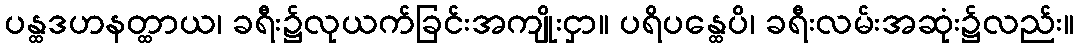
ပန္ထဒဟနတ္ထာယ၊ ခရီး၌လုယက်ခြင်းအကျိုးငှာ။ ပရိပန္ထေပိ၊ ခရီးလမ်းအဆုံး၌လည်း။